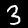
Label: 3